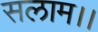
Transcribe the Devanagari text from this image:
सलाम।।